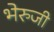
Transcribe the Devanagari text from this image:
भेरुजी